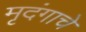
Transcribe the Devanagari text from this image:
मृदंगाचे